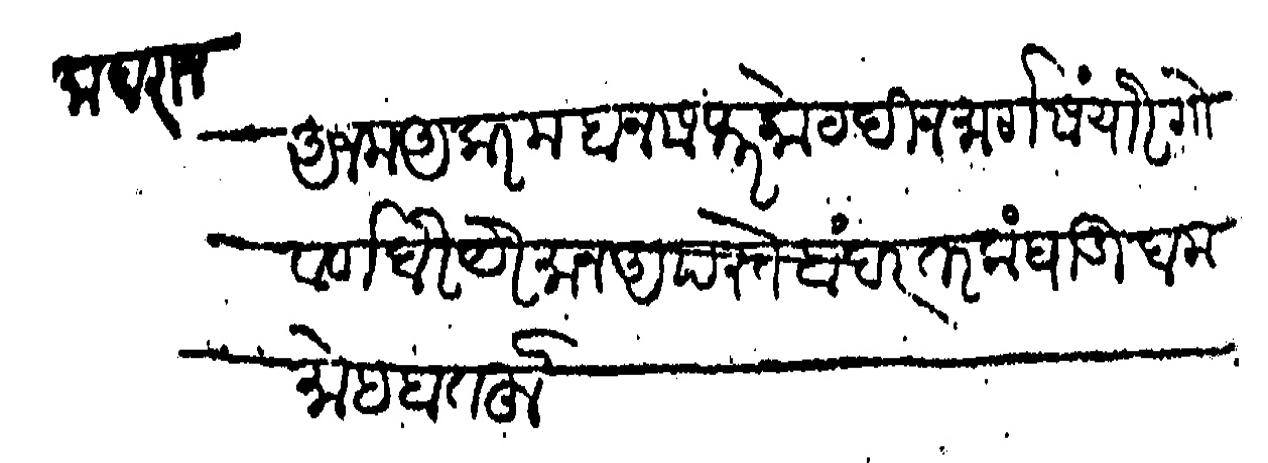
Transliteration (Devanagari): माहाराज अजम अकरम बनसफर कोट दिनमार्ग संयोर गोवर्ण बेर येरमान आपस्ते बंदर तरकंबाडी दामा मोहबतहू